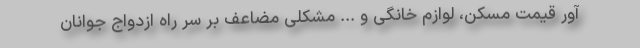
آور قیمت مسکن، لوازم خانگی و ... مشکلی مضاعف بر سر راه ازدواج جوانان